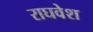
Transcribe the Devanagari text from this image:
राघवेश